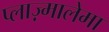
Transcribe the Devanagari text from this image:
प्लाज़्मालेमा